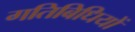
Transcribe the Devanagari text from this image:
गतिबिधियों